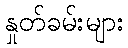
နှုတ်ခမ်းများ